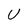
Character: U